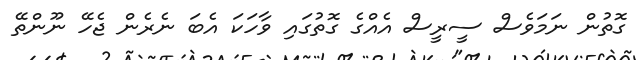
ގޮތުން ނަމަވެސް ސީރީސް އެއްގެ ގޮތުގައި ވާހަަކަ އެބަ ނެރެން ޖެހޭ ނޫންތޭ